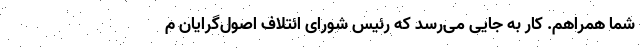
شما همراهم. کار به جایی می‌رسد که رئیس شورای ائتلاف اصول‌گرایان م